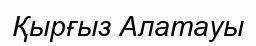
Қырғыз Алатауы